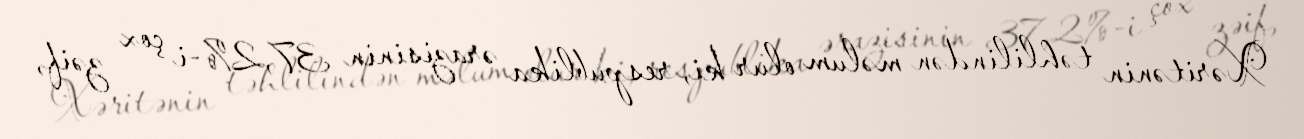
Xəritənin təhlilindən məlum olur ki, respublika ərazisinin 37,2%-i çox zəif,